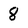
Character: 8